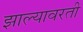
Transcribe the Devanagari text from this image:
झाल्यावरती